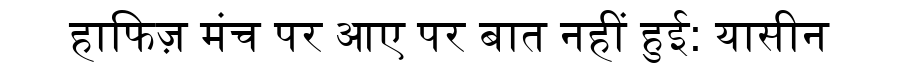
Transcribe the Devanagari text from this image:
हाफिज़ मंच पर आए पर बात नहीं हुई: यासीन